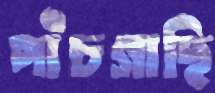
পাঁচগাছি